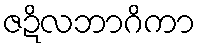
ဇဍိလဘာဂိကာ